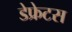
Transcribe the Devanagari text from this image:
डेफ्रेटस